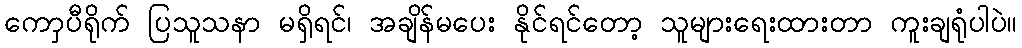
ကောှပီရိုက် ပြသူသနာ မရှိရင်၊ အချိန်မပေး နိုင်ရင်တော့ သူများရေးထားတာ ကူးချရုံပါပဲ။